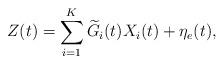
LaTeX: \begin{align*} Z(t)=\sum_{i=1}^{K}\widetilde{G}_i(t)X_i(t)+\eta_e(t), \end{align*}